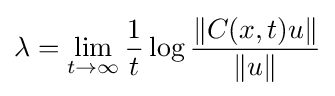
\lambda =\lim _{t\to \infty }{1 \over t}\log {\|C(x,t)u\| \over \|u\|}